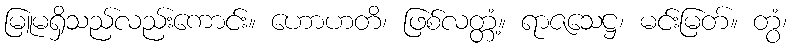
မြူမရှိသည်လည်းကောင်း။ ဟောဟတိ၊ ဖြစ်လတ္တံ့။ ရာဇသေဋ္ဌ၊ မင်းမြတ်။ တွံ၊